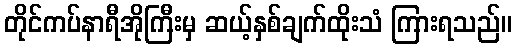
တိုင်ကပ်နာရီအိုကြီးမှ ဆယ့်နှစ်ချက်ထိုးသံ ကြားရသည်။